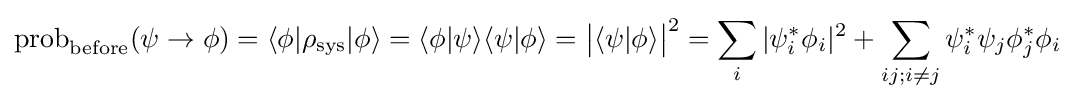
\operatorname {prob} _{\text{before}}(\psi \to \phi )=\langle \phi |\rho _{\text{sys}}|\phi \rangle =\langle \phi |\psi \rangle \langle \psi |\phi \rangle ={\big |}\langle \psi |\phi \rangle {\big |}^{2}=\sum _{i}|\psi _{i}^{*}\phi _{i}|^{2}+\sum _{ij;i\neq j}\psi _{i}^{*}\psi _{j}\phi _{j}^{*}\phi _{i}